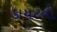
ડાયટની